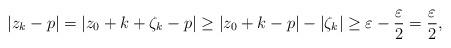
LaTeX: \begin{align*}|z_k - p| = |z_0 + k + \zeta_k - p| \geq |z_0 + k - p| - |\zeta_k| \geq \varepsilon - \frac{\varepsilon}{2} = \frac{\varepsilon}{2},\end{align*}